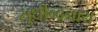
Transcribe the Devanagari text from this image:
सुधीन्द्रनाथ